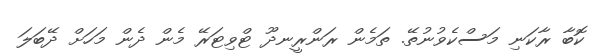
ކޮބާ ރާކަނި މަސްކެވުނުތޭ. ތަމެން ރަންރީނދޫ ޓްވިޓަރޭ މެން ދެން މަހަށް ދޭބަލަ